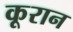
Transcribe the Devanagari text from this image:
कूरान